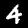
Label: 4